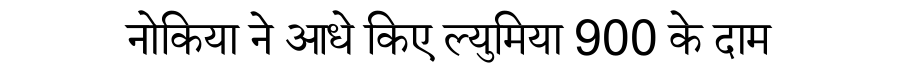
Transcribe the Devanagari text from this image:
नोकिया ने आधे किए ल्युमिया 900 के दाम